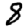
Digit: 8